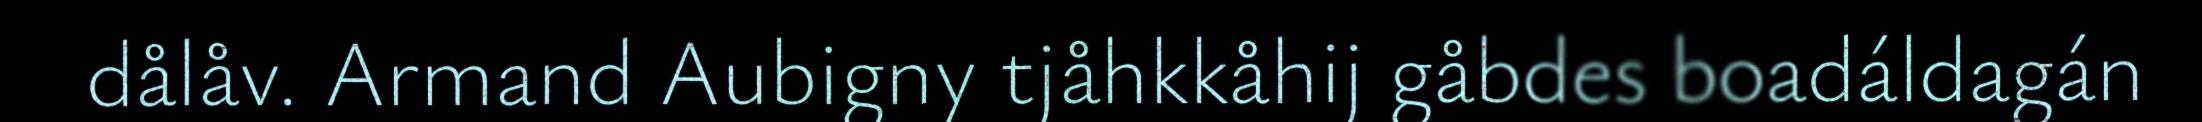
dålåv. Armand Aubigny tjåhkkåhij gåbdes boadáldagán